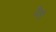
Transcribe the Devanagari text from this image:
पिहो